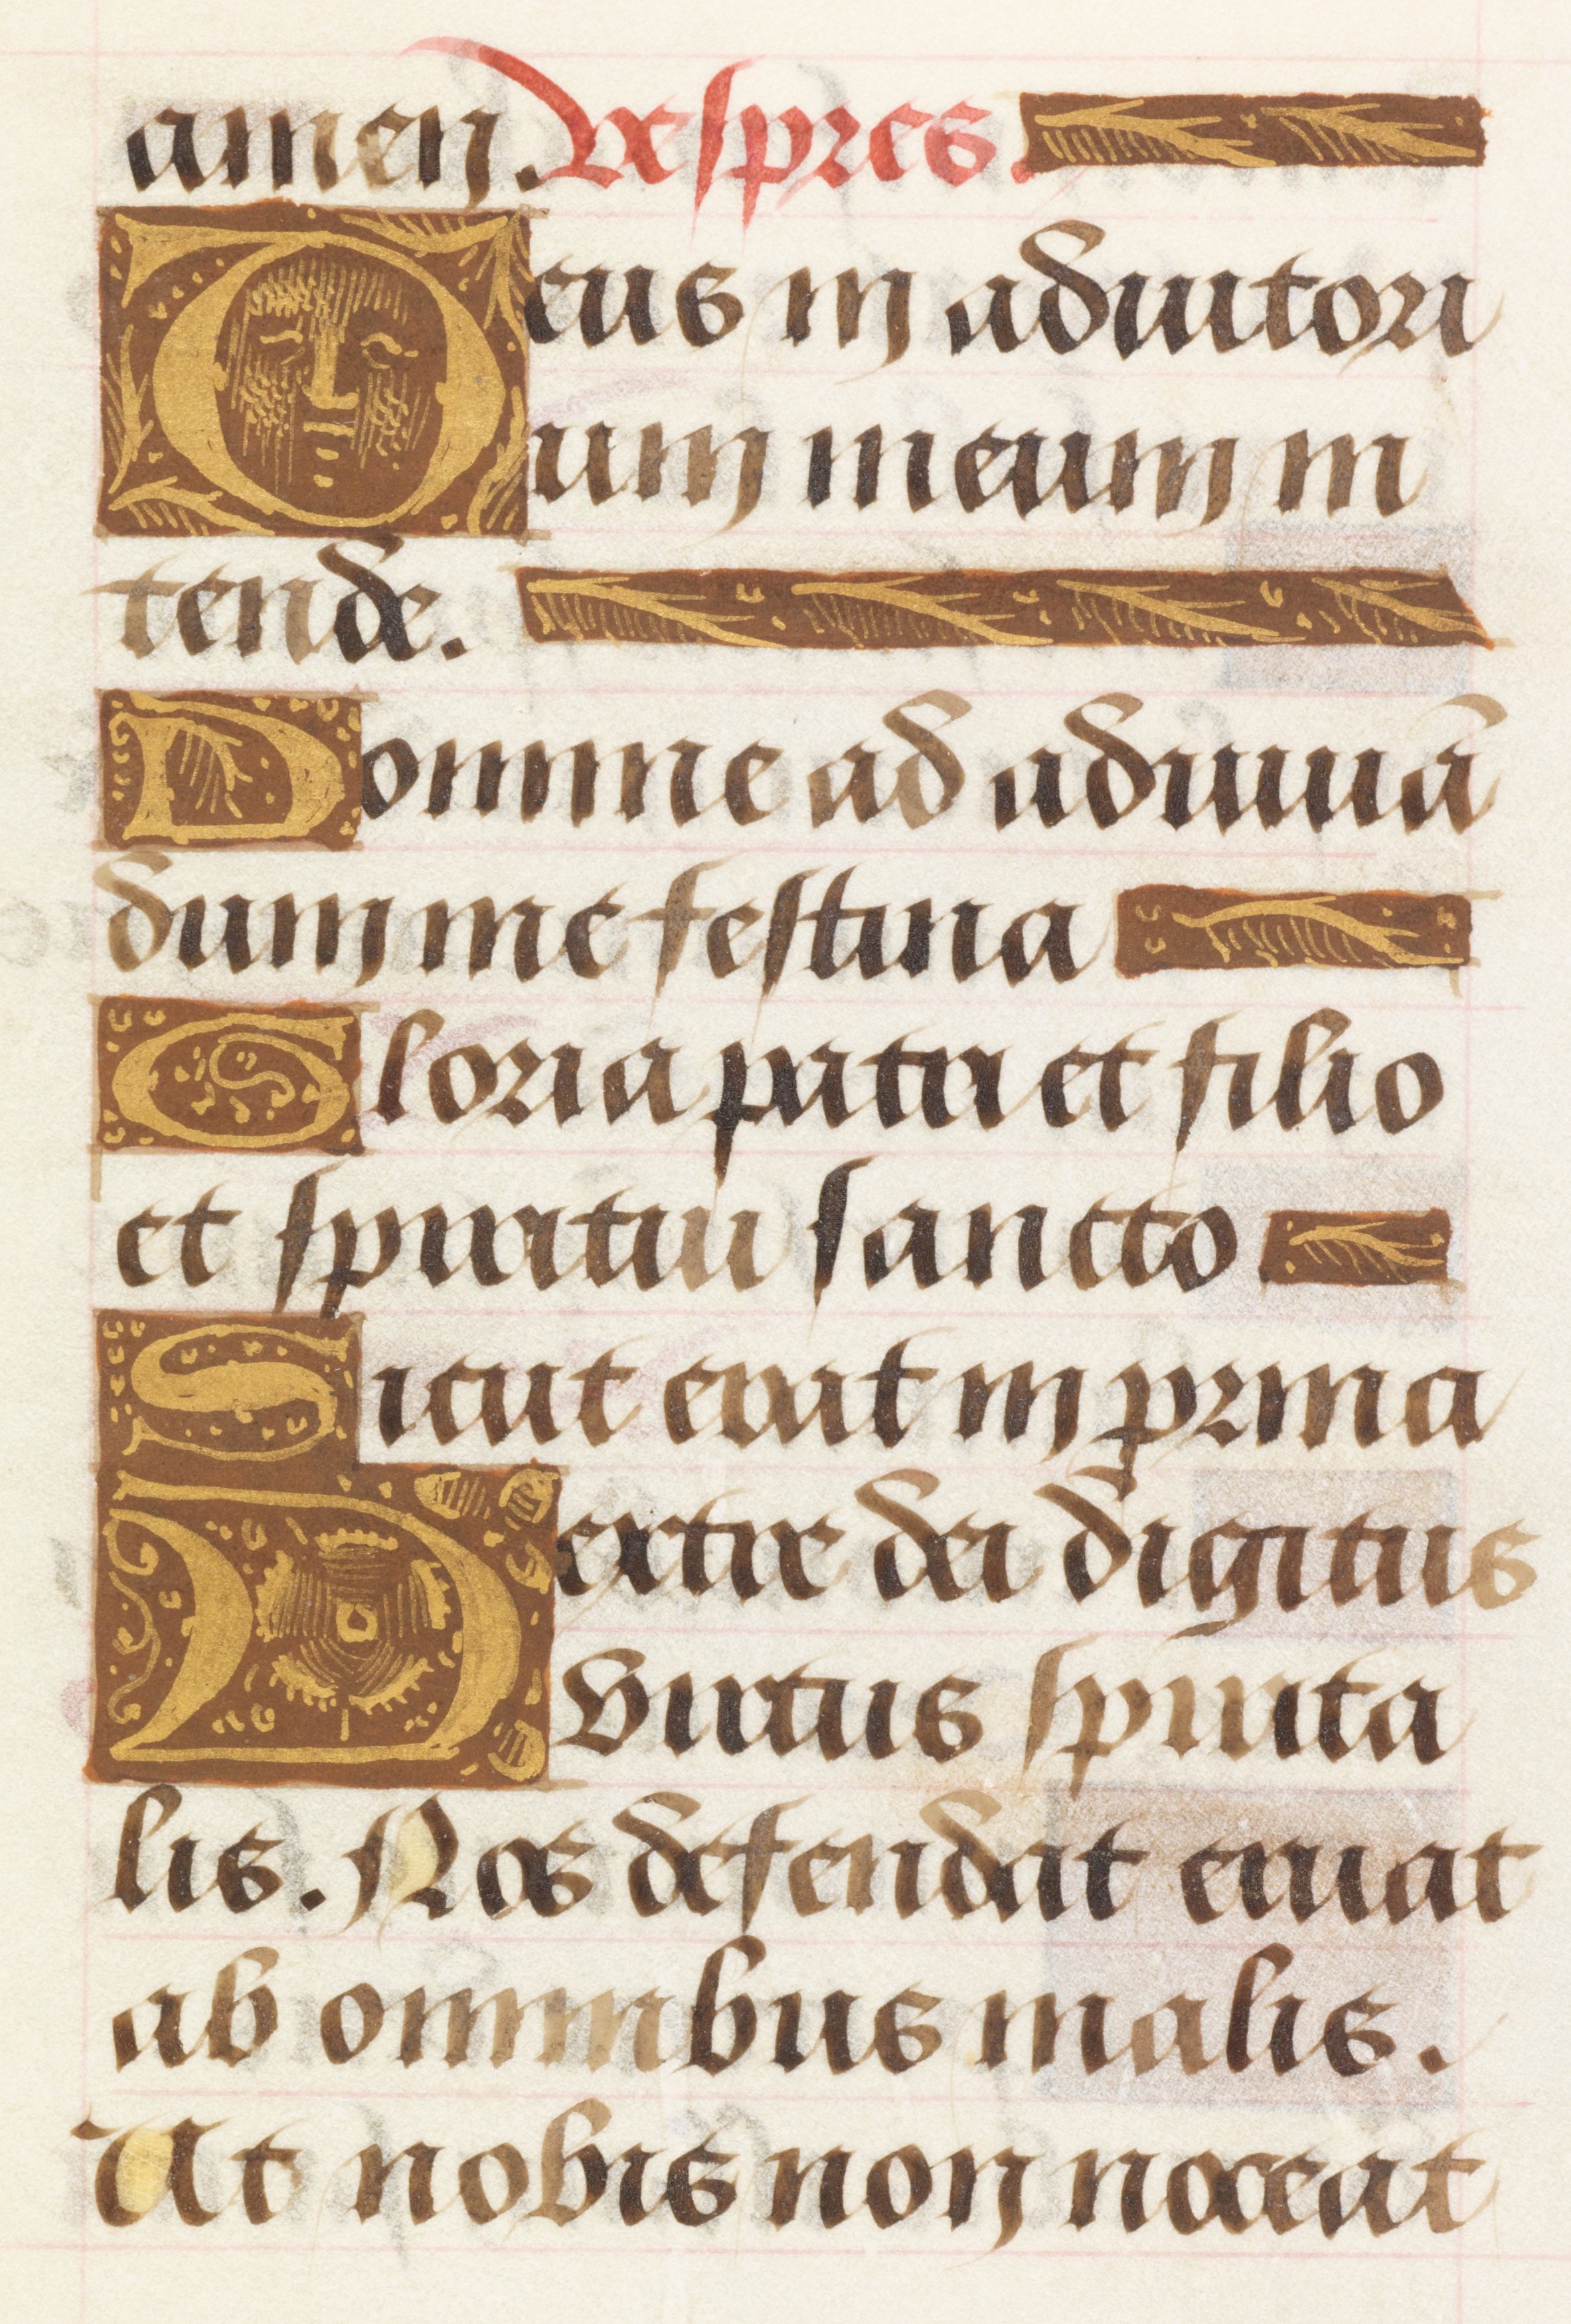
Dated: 1450–1499